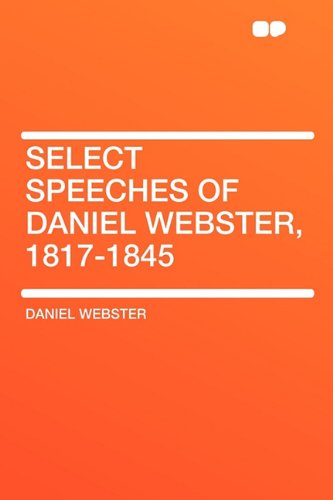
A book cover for Select Speeches of Daniel Webster, 1817-1845; Daniel Webster; Literature & Fiction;